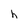
Character: h